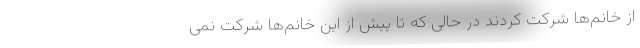
از خانم‌ها شرکت کردند در حالی که تا پیش از این خانم‌‌ها شرکت نمی‌